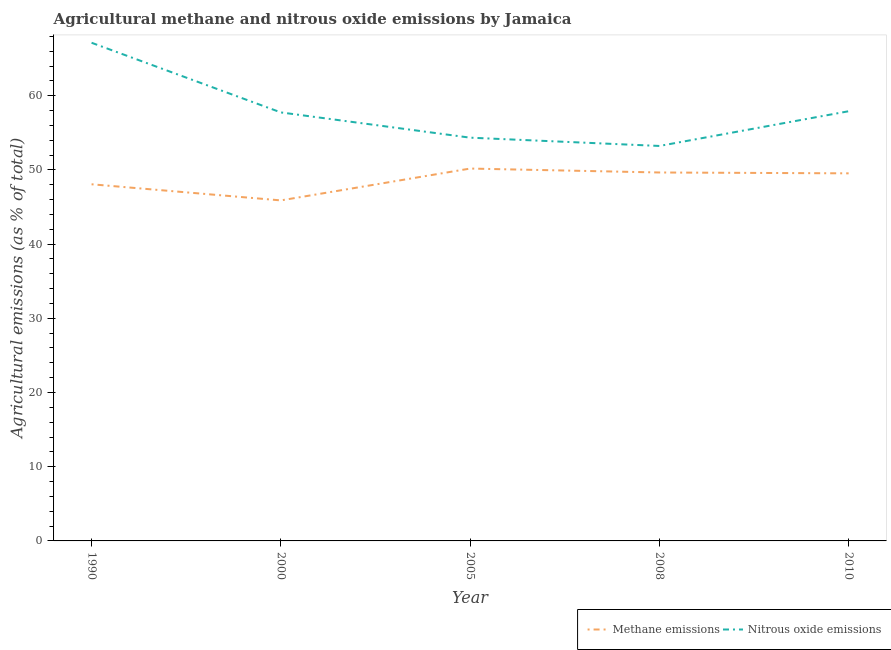
| Year | Methane emissions | Nitrous oxide emissions |
 | --- | --- | --- |
 | 1990 | 48.1 | 67.1 |
 | 2000 | 45.9 | 57.7 |
 | 2005 | 50.2 | 54.3 |
 | 2008 | 49.7 | 53.2 |
 | 2010 | 49.5 | 57.9 |